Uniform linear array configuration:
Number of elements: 64
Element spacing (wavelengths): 0.25
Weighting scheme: cosine
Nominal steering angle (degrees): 60
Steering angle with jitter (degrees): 58.557
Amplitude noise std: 0.05
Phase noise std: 0.05

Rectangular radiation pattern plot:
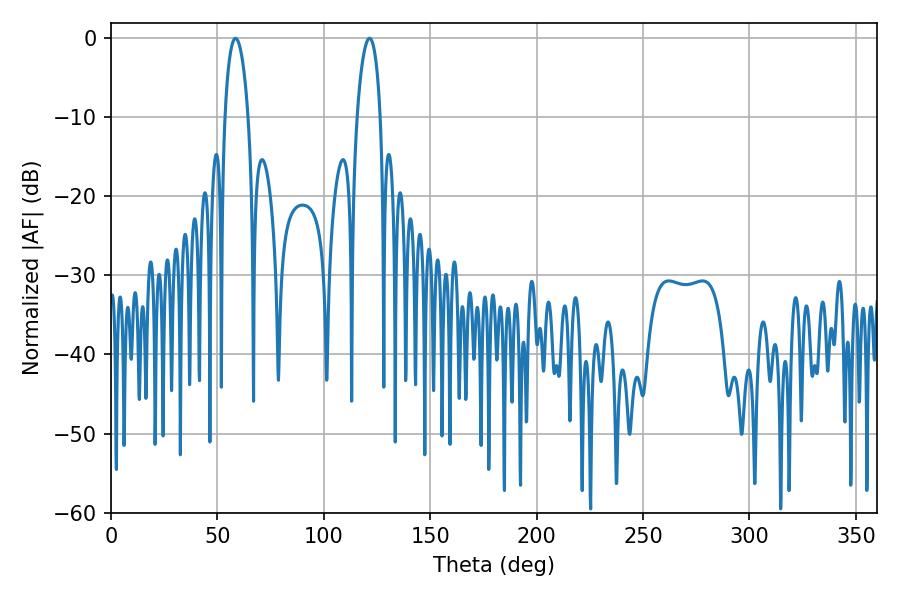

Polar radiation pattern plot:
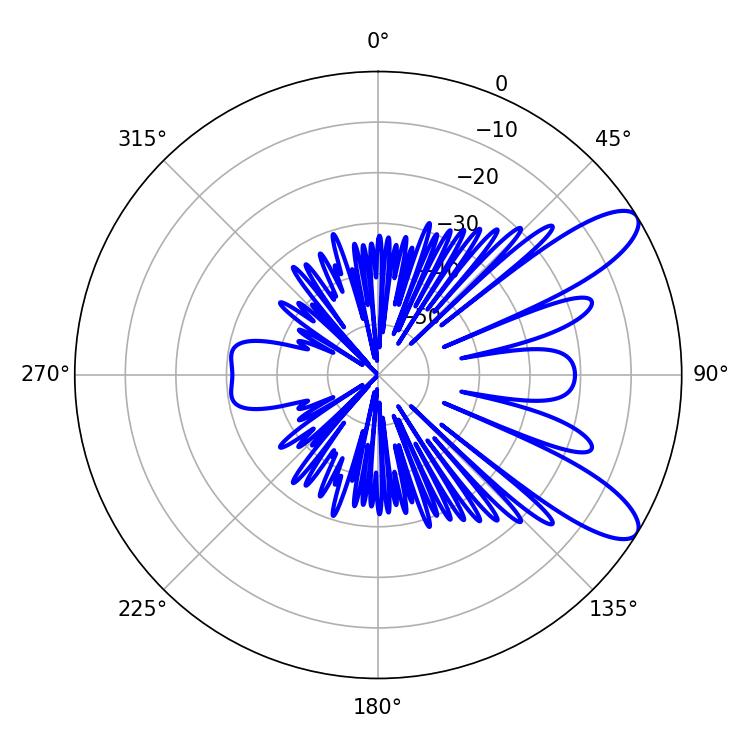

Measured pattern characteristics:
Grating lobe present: FALSE
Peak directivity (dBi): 9.878
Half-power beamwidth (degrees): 6.12
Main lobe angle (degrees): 58.5